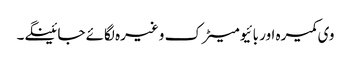
وی کمیرہ اور بائیومیٹرک وغیرہ لگائے جائینگے۔